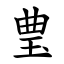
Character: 㻃